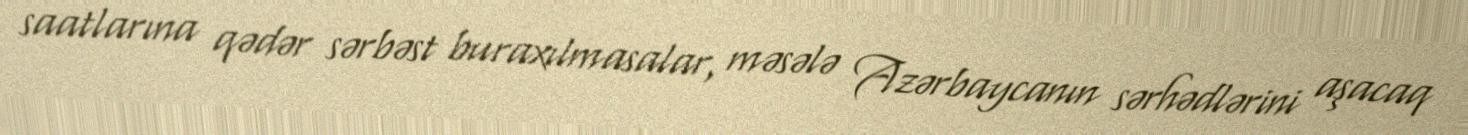
saatlarına qədər sərbəst buraxılmasalar, məsələ Azərbaycanın sərhədlərini aşacaq